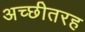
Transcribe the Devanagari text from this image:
अच्छीतरह